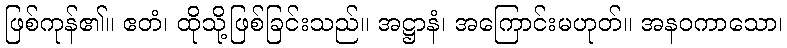
ဖြစ်ကုန်၏။ ဧတံ၊ ထိုသို့ဖြစ်ခြင်းသည်။ အဋ္ဌာနံ၊ အကြောင်းမဟုတ်။ အနဝကာသော၊